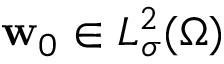
\mathbf { w } _ { 0 } \in L _ { \sigma } ^ { 2 } ( \Omega )